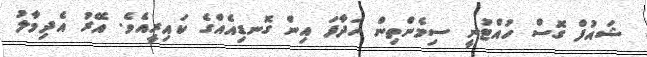
ޝައުފް ގޮސް ހުއްޓުނީ ސިމެންތިން ހަދާފަ އިން ގޮނޑިއެއްގެ ކައިރީއެވެ. އޭރު އެދިމާލު